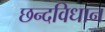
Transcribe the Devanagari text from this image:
छन्दविधान